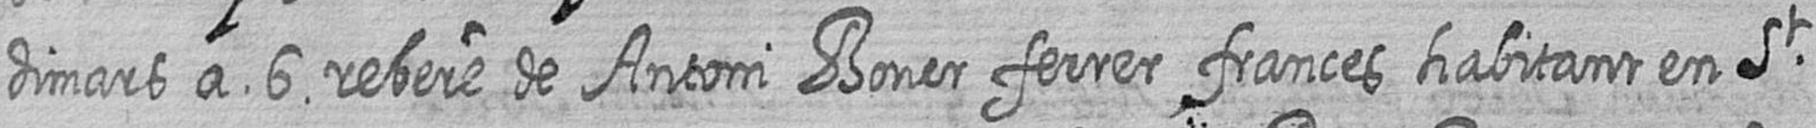
dimars a 6 rebere de Antoni Bover ferrer frances habitant en St